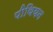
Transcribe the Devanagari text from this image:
पीथियन